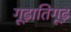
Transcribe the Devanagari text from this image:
गूढ़ातिगूढ़